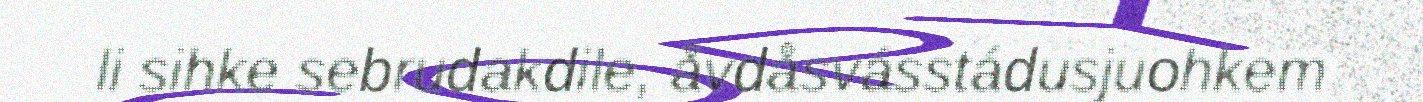
li sihke sebrudakdile, åvdåsvásstádusjuohkem